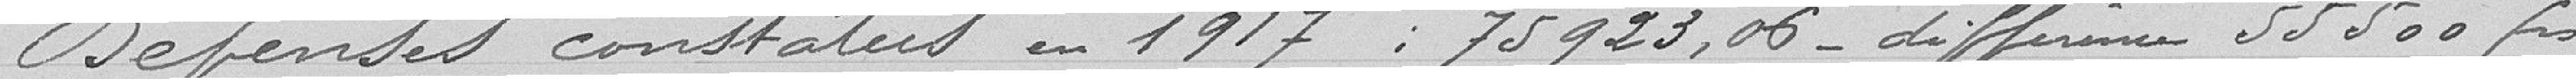
Dépenses constatés en 1917 : 75923,06 différence 53500 francs